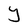
Character: Y